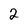
Character: 2